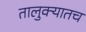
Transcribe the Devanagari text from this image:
तालुक्यातच